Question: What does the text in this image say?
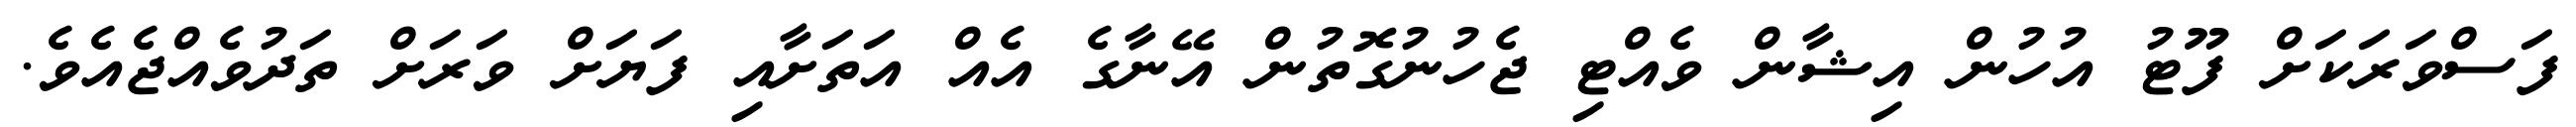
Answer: ފަސްވަރަކަށް ފޫޓު އުހުން އިޝާން ވެއްޓި ޖެހުނުގޮތުން އޭނާގެ އެއް އަތަށާއި ފަޔަށް ވަރަށް ތަދުވެއްޖެއެވެ.